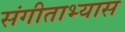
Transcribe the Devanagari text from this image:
संगीताभ्यास